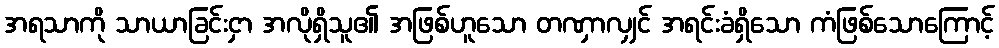
အရသာကို သာယာခြင်းငှာ အလိုရှိသူ၏ အဖြစ်ဟူသော တဏှာလျှင် အရင်းခံရှိသော ကံဖြစ်သောကြောင့်